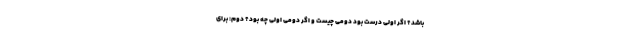
باشد؟ اگر اولی درست بود دومی چیست و اگر دومی اولی چه بود؟ دوم: برای